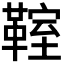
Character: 𩋡